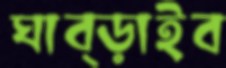
ঘাব্‌ড়াইব